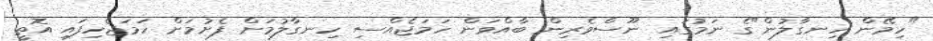
"ހިމޭން ހިނގާލުން"ގެ ނަމުގައި ނޫސްވެރިން ބާއްވަން ހަމަޖެއްސި ހިނގާލުމަށް ފެށުމަށް ހަމަޖެހިފައި އޮތީ